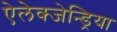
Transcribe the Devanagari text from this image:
ऐलेक्जेन्ड्रिया